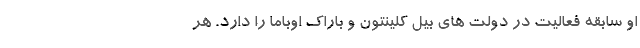
او سابقه فعالیت در دولت های بیل کلینتون و باراک اوباما را دارد. هر